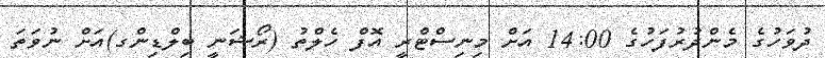
ދުވަހުގެ މެންދުރުފަހުގެ 14:00 އަށް މިނިސްޓްރީ އޮފް ހެލްތު (ރޯޝަނީ ބިލްޑިންގ)އަށް ނުވަތަ